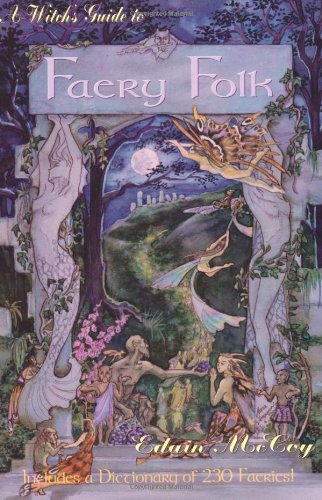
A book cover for A Witch's Guide to Faery Folk: How to Work with the Elemental World (Llewellyn's New Age); Edain McCoy; Religion & Spirituality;